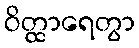
ဝိတ္ထာရေတွာ